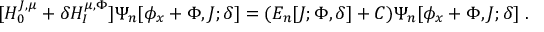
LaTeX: [ H _ { 0 } ^ { J , \mu } + \delta H _ { I } ^ { \mu , \Phi } ] \Psi _ { n } [ \phi _ { x } + \Phi , J ; \delta ] = ( E _ { n } [ J ; \Phi , \delta ] + C ) \Psi _ { n } [ \phi _ { x } + \Phi , J ; \delta ] \; .